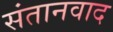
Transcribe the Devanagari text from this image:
संतानवाद